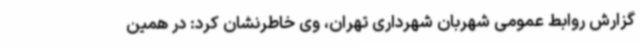
گزارش روابط عمومی شهربان شهرداری تهران، وی خاطرنشان کرد: در همین